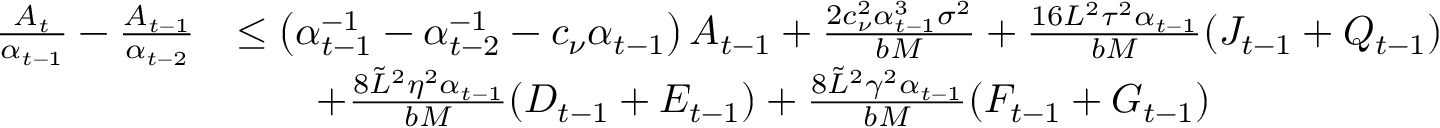
\begin{array} { r l } { \frac { A _ { t } } { \alpha _ { t - 1 } } - \frac { A _ { t - 1 } } { \alpha _ { t - 2 } } } & { \leq \left( \alpha _ { t - 1 } ^ { - 1 } - \alpha _ { t - 2 } ^ { - 1 } - c _ { \nu } \alpha _ { t - 1 } \right) A _ { t - 1 } + \frac { 2 c _ { \nu } ^ { 2 } \alpha _ { t - 1 } ^ { 3 } \sigma ^ { 2 } } { b M } + \frac { 1 6 L ^ { 2 } \tau ^ { 2 } \alpha _ { t - 1 } } { b M } ( J _ { t - 1 } + Q _ { t - 1 } ) } \\ & { \qquad + \frac { 8 \tilde { L } ^ { 2 } \eta ^ { 2 } \alpha _ { t - 1 } } { b M } ( D _ { t - 1 } + E _ { t - 1 } ) + \frac { 8 \tilde { L } ^ { 2 } \gamma ^ { 2 } \alpha _ { t - 1 } } { b M } ( F _ { t - 1 } + G _ { t - 1 } ) } \end{array}